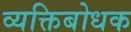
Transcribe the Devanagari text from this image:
व्यक्तिबोधक